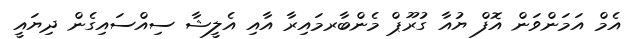
އެމް އަމަންވަން އޮފް ޔުއާ ގުރޫޕް މެންބާރމައިރާ އާއި އެލީޝާ ސިއްސައިގެން ދިޔައީ